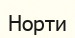
Норти